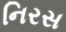
નિરસ